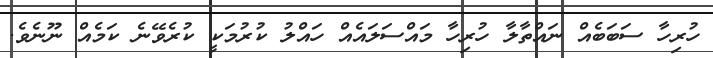
ހުރިހާ ސަބަބެއް ނައްތާލާ ހުރިހާ މައްސަލައެއް ހައްލު ކުރުމަކީ ކުރެވޭނެ ކަމެއް ނޫނެވެ.